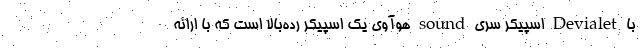
با Devialet اسپیکر سری sound هوآوی یک اسپیکر رده‌بالا است که با ارائه